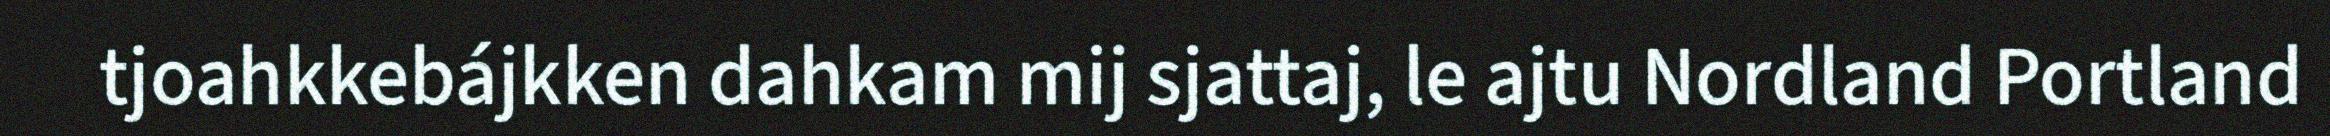
tjoahkkebájkken dahkam mij sjattaj, le ajtu Nordland Portland